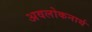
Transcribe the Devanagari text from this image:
अवलोकनार्थ